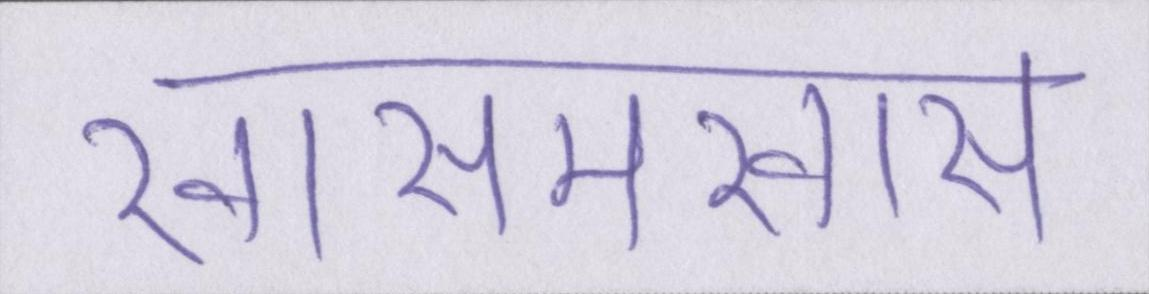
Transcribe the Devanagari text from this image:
खासमखास